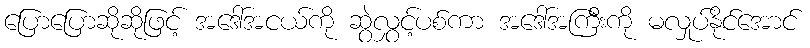
ပြောပြောဆိုဆိုဖြင့် အဒေါ်အငယ်ကို ဆွဲလွှင့်ပစ်ကာ အဒေါ်အကြီးကို မလှုပ်နိုင်အောင်